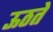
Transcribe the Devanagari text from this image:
ऊठते